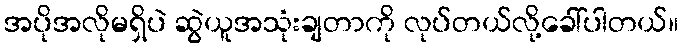
အပိုအလိုမရှိပဲ ဆွဲယူအသုံးချတာကို လုပ်တယ်လို့ခေါ်ပါတယ်။